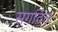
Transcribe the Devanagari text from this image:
सगठित